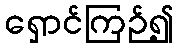
ရှောင်ကြဉ်၍